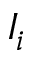
I _ { i }